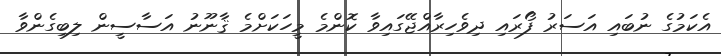
އެކަމުގެ ނުބައި އަސަރު ފޯރައި ދިވެހިރާއްޖޭގައިވާ ކޮންމެ މީހަކަށްމެ ޤާނޫނު އަސާސީން ލިބިގެންވާ